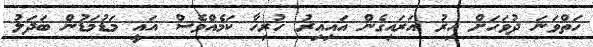
ހަތްވަނަ ދުވަހަށް އިރު އަރައިގެން އައިއިރު ހުރިހާ ކަމެއްވެސް އައީ މަޑުމަޑުން ބަދަލު